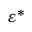
\varepsilon ^ { * }